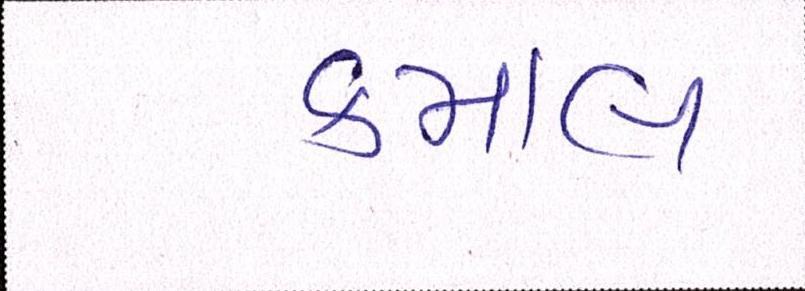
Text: કમાલ